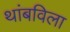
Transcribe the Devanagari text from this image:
थांबविला